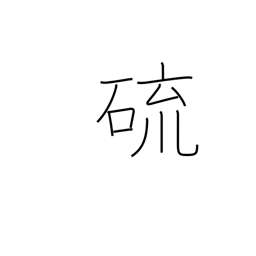
Meaning: sulphur